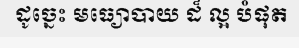
ដូច្នេះ មធ្យោបាយ ដ៏ ល្អ បំផុត